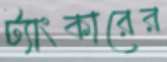
ট্যাংকারের